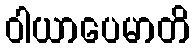
ဝါယာပေမာတိ